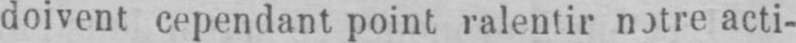
doivent cependant point ralentir notre acti-